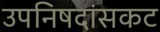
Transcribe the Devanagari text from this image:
उपनिषदांसकट